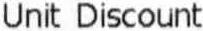
UNIT DISCOUNT